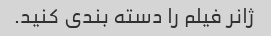
ژانر فیلم را دسته بندی کنید.